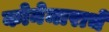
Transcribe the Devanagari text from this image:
कोनेमाराचे